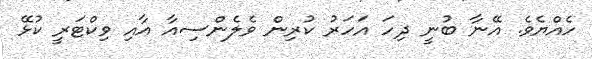
ހެއްޔެވެ. އޭނާ ބުނީ ދިހަ އަހަރު ކުރިން ވެލެންސިއާ އާއި ވިކްޓަރީ ކުޅޭ